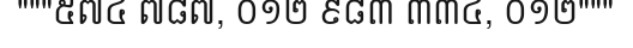
"""៥៧៤ ៧៨៧, ០១២ ៩៨៣ ៣៣៤, ០១២"""